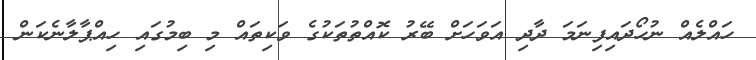
ހައްލެއް ނުހޯދައިފިނަމަ ދާދި އަވަހަށް ބޭރު ކޮއްތުތަކުގެ ވަކިތައް މި ބިމުގައި ހިއްޕާލާނެކަން